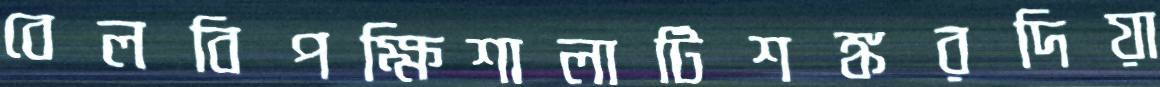
বেলবিপক্ষিশালাটিশঙ্করদিয়া